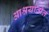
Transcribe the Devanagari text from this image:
आश्रयातील